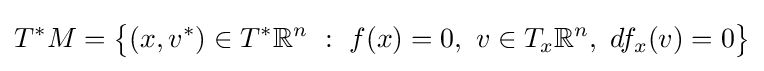
T^{*}M={\bigl \{}(x,v^{*})\in T^{*}\mathbb {R} ^{n}\ :\ f(x)=0,\ v\in T_{x}\mathbb {R} ^{n},\ df_{x}(v)=0{\bigr \}}